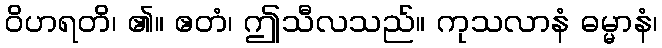
ဝိဟရတိ၊ ၏။ ဧတံ၊ ဤသီလသည်။ ကုသလာနံ ဓမ္မာနံ၊